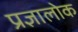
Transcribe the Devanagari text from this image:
प्रज्ञालोक